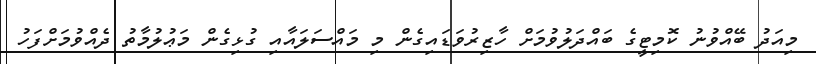
މިއަދު ބޭއްވުނު ކޮމިޓީގެ ބައްދަލުވުމަށް ހާޒިރުވަޑައިގެން މި މައްސަލައާއި ގުޅިގެން މަޢުލުމާތު ދެއްވުމަށްފަހު